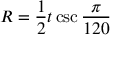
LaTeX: R = { \frac { 1 } { 2 } } t \csc { \frac { \pi } { 1 2 0 } }